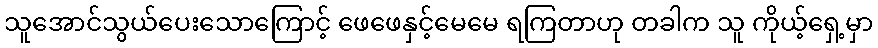
သူအောင်သွယ်ပေးသောကြောင့် ဖေဖေနှင့်မေမေ ရကြတာဟု တခါက သူ ကိုယ့်ရှေ့မှာ